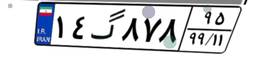
۱۴گ۸۷۸۹۵